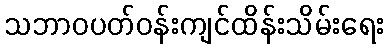
သဘာဝပတ်ဝန်းကျင်ထိန်းသိမ်းရေး